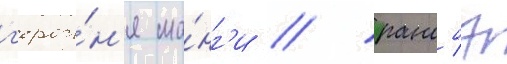
г'ерои́н'я ма́нг'и / ранобэ